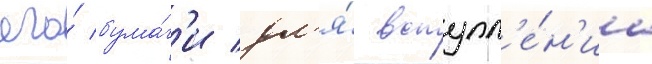
его́ бума́г'и дл'я́ вступл'е́н'иа